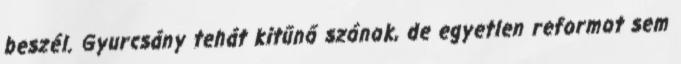
beszél. Gyurcsány tehát kitűnő szónok, de egyetlen reformot sem